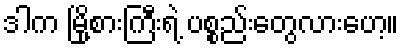
ဒါက မြို့စားကြီးရဲ့ ပစ္စည်းတွေလားဟေ့။